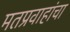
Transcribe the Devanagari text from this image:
मतप्रवाहांचा